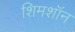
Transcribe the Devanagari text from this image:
शिमशॉन